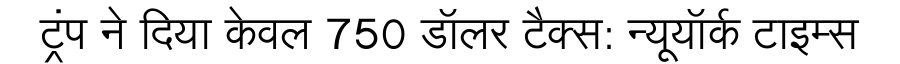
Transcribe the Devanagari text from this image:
ट्रंप ने दिया केवल 750 डॉलर टैक्स: न्यूयॉर्क टाइम्स